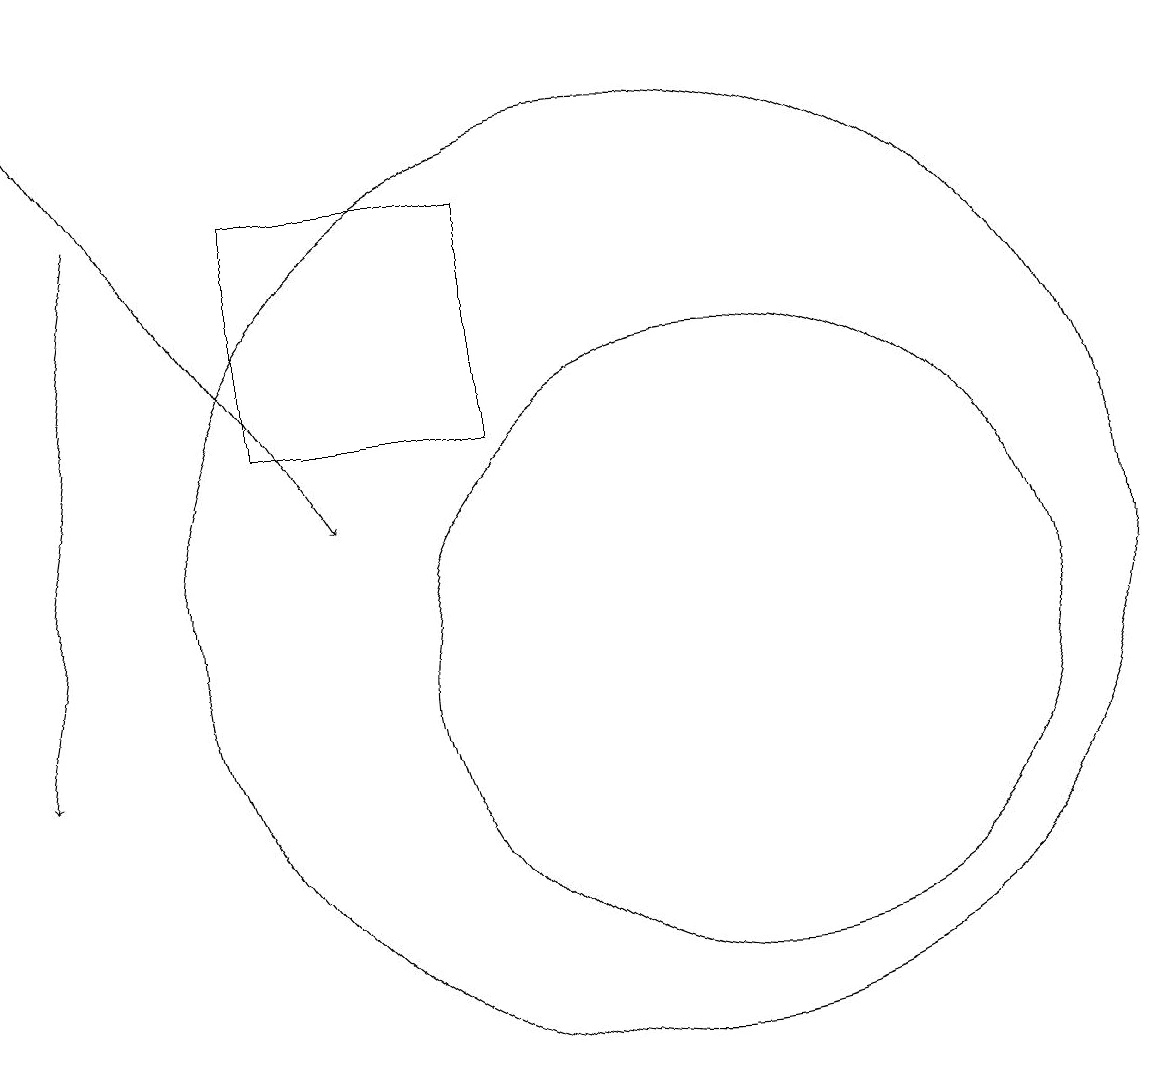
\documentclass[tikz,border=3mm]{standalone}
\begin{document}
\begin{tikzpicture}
\draw (11,12) circle (6);
\draw[->] (4,17) -- (3,10);
\draw (9,17) rectangle (6,14);
\draw (12,11) circle (4);
\draw[->] (3,19) -- (7,13);
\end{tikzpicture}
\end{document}